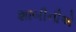
શાબીનીએ